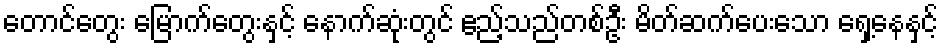
တောင်တွေး မြောက်တွေးနှင့် နောက်ဆုံးတွင် ဧည့်သည်တစ်ဦး မိတ်ဆက်ပေးသော ရှေ့နေနှင့်